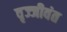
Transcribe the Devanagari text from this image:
वृज्जीवंत